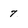
Character: 7